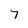
Character: 7